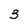
Character: 3